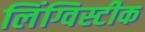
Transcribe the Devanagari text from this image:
लिंग्विस्टीक